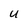
Character: U